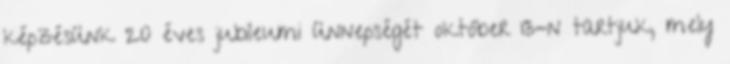
képzésünk 20 éves jubileumi ünnepségét október 13-n tartjuk, mely